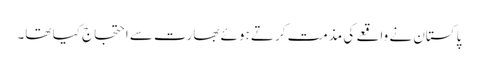
پاکستان نے واقعے کی مذمت کرتے ہوئے بھارت سے احتجاج کیا تھا۔